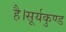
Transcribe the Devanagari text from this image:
है।सूर्यकुण्ड